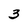
Character: 3